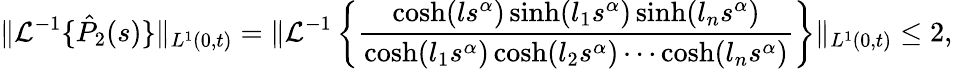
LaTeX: \| \mathcal{L}^{-1}\{ \hat{P}_{2}(s)\} \| _{L^{1}(0,t)}=\| \mathcal{L}^{-1}\left\{ \frac{\cosh(ls^{\alpha})\sinh(l_{1}s^{\alpha})\sinh(l_{n}s^{\alpha})}{\cosh(l_{1}s^{\alpha})\cosh(l_{2}s^{\alpha})\cdots\cosh(l_{n}s^{\alpha})}\right\} \| _{L^{1}(0,t)}\leq 2,